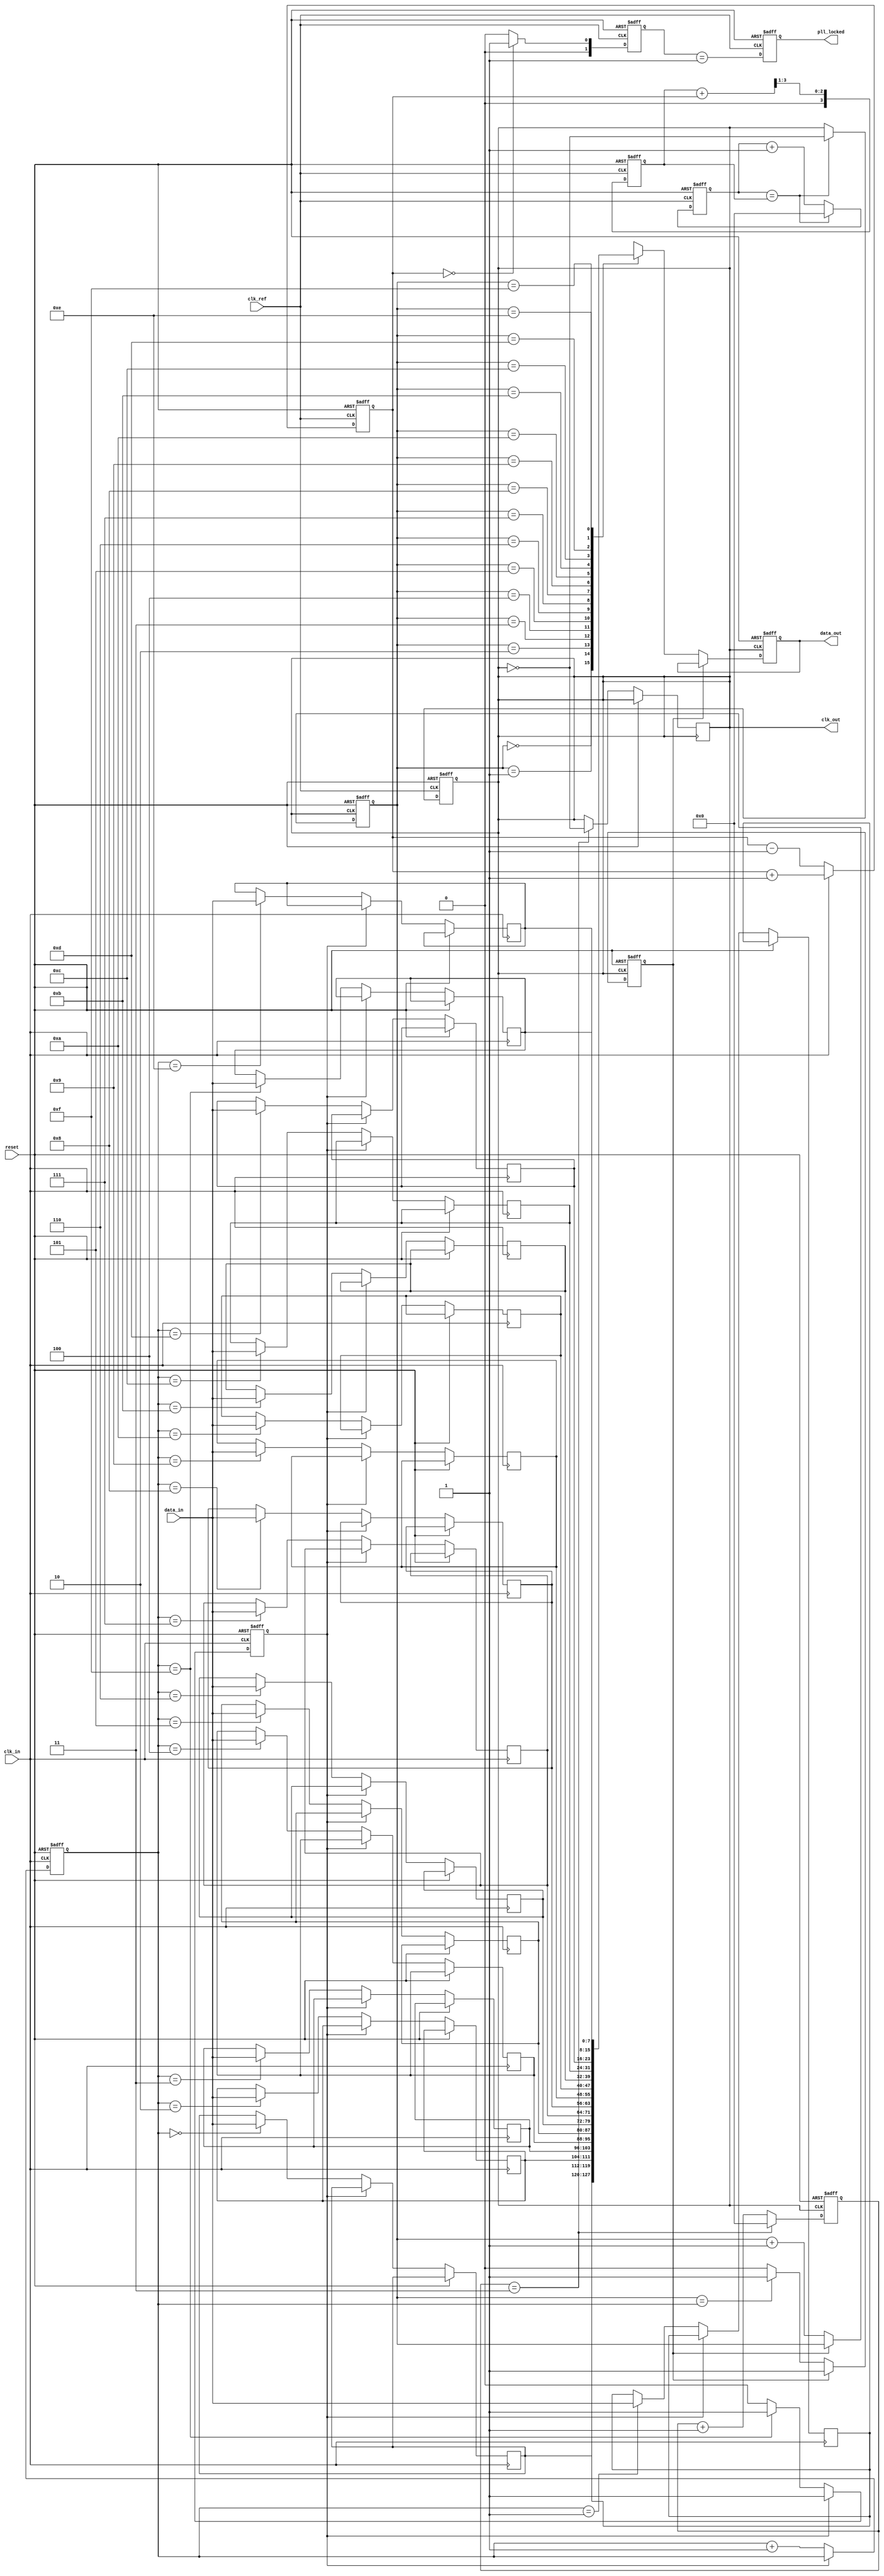
module PLL_Synchronizer (
    input wire clk_ref,          // Reference clock
    input wire clk_in,           // Input clock (source clock domain)
    input wire reset,            // Reset signal
    input wire [7:0] data_in,    // Data input
    output reg [7:0] data_out,   // Data output
    output reg clk_out,          // Synchronized clock output
    output reg pll_locked        // PLL lock status
);

    // Parameters
    parameter N = 4;             // Clock division factor
    parameter FILTER_SIZE = 4;   // Low-pass filter size

    // Internal signals
    reg [FILTER_SIZE-1:0] phase_error; // Phase error signal
    reg [FILTER_SIZE-1:0] control_voltage; // Control voltage for VCO
    reg [3:0] vco_counter;       // VCO counter
    reg [1:0] state;             // State for lock detection
    reg fifo_full;               // FIFO full flag
    reg fifo_empty;              // FIFO empty flag

    // Phase Detector
    always @(posedge clk_ref or posedge reset) begin
        if (reset) begin
            phase_error <= 0;
        end else begin
            // Simple phase detector logic (for illustration)
            if (clk_in) begin
                phase_error <= phase_error + 1; // Increment phase error
            end else begin
                phase_error <= phase_error - 1; // Decrement phase error
            end
        end
    end

    // Low-Pass Filter
    always @(posedge clk_ref or posedge reset) begin
        if (reset) begin
            control_voltage <= 0;
        end else begin
            control_voltage <= (control_voltage + phase_error) >> 1; // Simple averaging filter
        end
    end

    // Voltage-Controlled Oscillator (VCO)
    always @(posedge clk_ref or posedge reset) begin
        if (reset) begin
            vco_counter <= 0;
            clk_out <= 0;
        end else begin
            if (vco_counter == control_voltage) begin
                clk_out <= ~clk_out; // Toggle clock output
                vco_counter <= 0;
            end else begin
                vco_counter <= vco_counter + 1;
            end
        end
    end

    // Clock Divider
    reg [N-1:0] clk_div_counter;
    always @(posedge clk_out or posedge reset) begin
        if (reset) begin
            clk_div_counter <= 0;
        end else begin
            clk_div_counter <= clk_div_counter + 1;
            if (clk_div_counter == N-1) begin
                clk_div_counter <= 0;
                clk_out <= ~clk_out; // Divide the clock
            end
        end
    end

    // Data Synchronizer (FIFO)
    reg [7:0] fifo [0:15]; // Simple FIFO buffer
    reg [3:0] fifo_write_ptr;
    reg [3:0] fifo_read_ptr;

    always @(posedge clk_in or posedge reset) begin
        if (reset) begin
            fifo_write_ptr <= 0;
            fifo_full <= 0;
        end else if (!fifo_full) begin
            fifo[fifo_write_ptr] <= data_in; // Write data to FIFO
            fifo_write_ptr <= fifo_write_ptr + 1;
            if (fifo_write_ptr == 15) fifo_full <= 1; // FIFO full condition
        end
    end

    always @(posedge clk_out or posedge reset) begin
        if (reset) begin
            fifo_read_ptr <= 0;
            fifo_empty <= 1;
            data_out <= 0;
        end else if (!fifo_empty) begin
            data_out <= fifo[fifo_read_ptr]; // Read data from FIFO
            fifo_read_ptr <= fifo_read_ptr + 1;
            if (fifo_read_ptr == fifo_write_ptr) fifo_empty <= 1; // FIFO empty condition
        end
    end

    // Lock Detection
    always @(posedge clk_ref or posedge reset) begin
        if (reset) begin
            state <= 0;
            pll_locked <= 0;
        end else begin
            // Simple lock detection logic
            if (phase_error == 0) begin
                state <= 1; // PLL is locked
            end else begin
                state <= 0; // PLL is not locked
            end
            pll_locked <= (state == 1);
        end
    end

endmodule